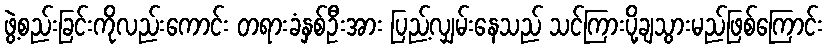
ဖွဲ့စည်းခြင်းကိုလည်းကောင်း တရားခံနှစ်ဦးအား ပြည့်လျှမ်းနေသည် သင်ကြားပို့ချသွားမည်ဖြစ်ကြောင်း